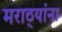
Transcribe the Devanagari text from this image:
मराठ्‍यांना